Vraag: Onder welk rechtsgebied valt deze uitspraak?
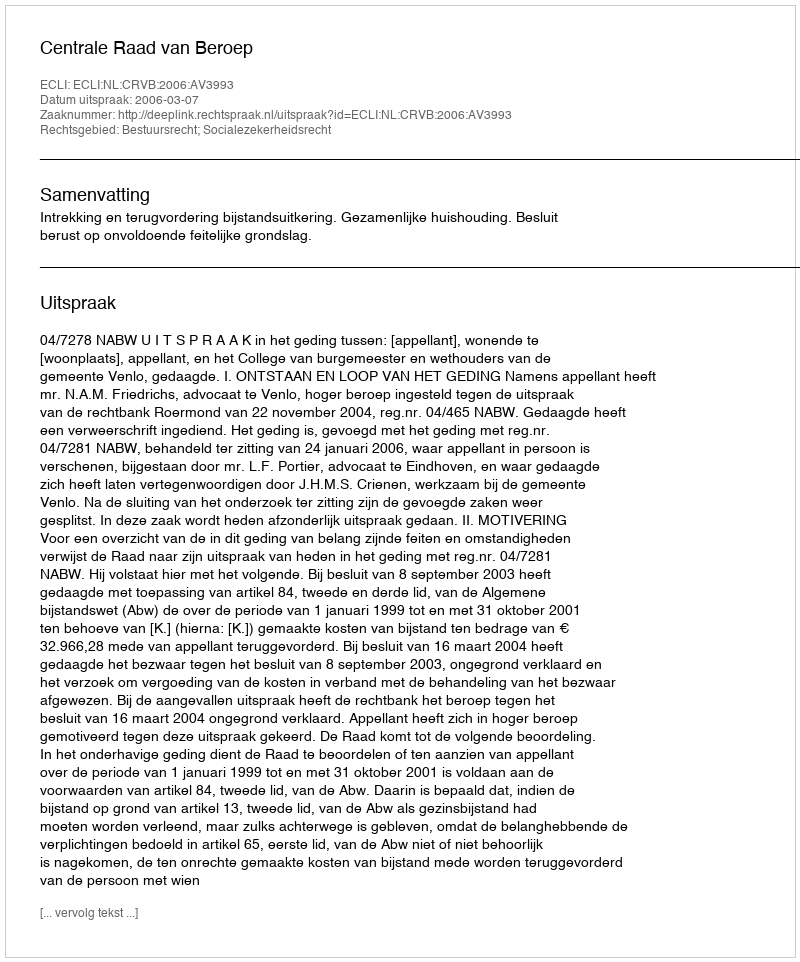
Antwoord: Bestuursrecht; Socialezekerheidsrecht